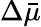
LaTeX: \Delta\bar{\mu}